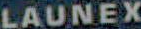
LAUNEX